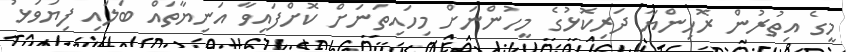
މީގެ އިތުރުން ރޮހިންޔާ ދަރިކޮޅުގެ މީހުންނަށް މިހައިތަނަށް ކޮށްފައިވާ އަނިޔާތައް ބަލައި ފިޔަވަޅު